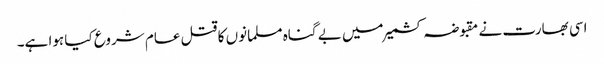
اسی بھارت نے مقبوضہ کشمیر میں بے گناہ مسلمانوں کا قتل عام شروع کیا ہوا ہے۔